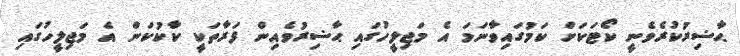
ޙާޟިރުކުރެވެނީ ކޯޓަކަށް ކަމުގައިވާނަމަ އެ މަޖިލީހުގައި ޙާޟިރުވެއިން ފަރާތަކީ ކާކުކަން އެ މަޖިލީހުގައި